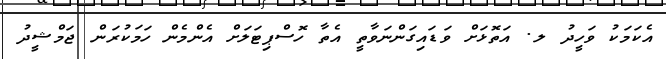
އެކަމަކު ވަހީދު ލ. އަތޮޅަށް ވަޑައިގަންނަވާތީ އެތާ ހޮސްޕިޓަލަށް އެންމެން ހަމަކުރަން ޖަމްޝީދު